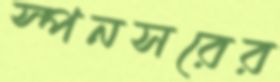
স্পনসরের